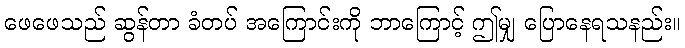
ဖေဖေသည် ဆွန်တာ ခံတပ် အကြောင်းကို ဘာကြောင့် ဤမျှ ပြောနေရသနည်း။